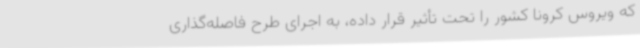
که ویروس کرونا کشور را تحت تأثیر قرار داده، به اجرای طرح فاصله‌گذاری